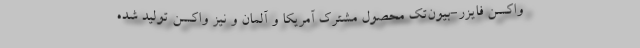
واکسن فایزر-بیون‌تک محصول مشترک آمریکا و آلمان و نیز واکسن تولید شده